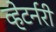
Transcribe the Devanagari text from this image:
व्हेटर्नरी